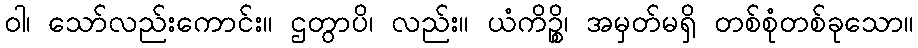
ဝါ၊ သော်လည်းကောင်း။ ဌတွာပိ၊ လည်း။ ယံကိဉ္စိ၊ အမှတ်မရှိ တစ်စုံတစ်ခုသော။